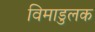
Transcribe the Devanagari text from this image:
विमाडुलक